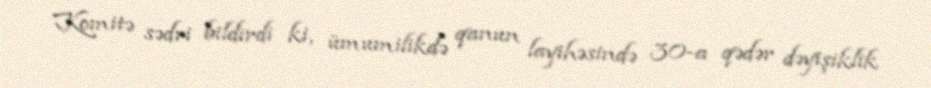
Komitə sədri bildirdi ki, ümumilikdə qanun layihəsində 30-a qədər dəyişiklik